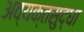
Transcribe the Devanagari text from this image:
अव्यक्तसुद्धा